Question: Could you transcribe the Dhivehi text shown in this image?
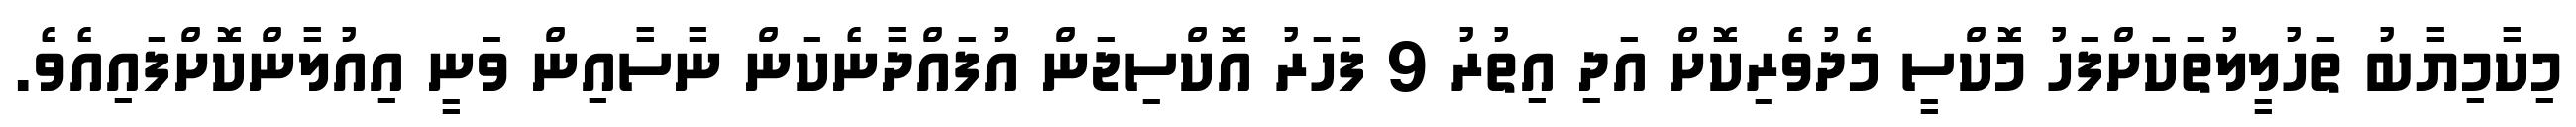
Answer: މިކާމިޔާބު ތަހުލީލުތަކަށްފަހު މޮކްސީ މެދުވެރިކޮށް އަދި އިތުރު 9 ފަހަރު އޮކްސިޖަން އުފައްދާނެކަން ނާސާއިން ވަނީ އިއުލާންކޮށްފައިއެވެ.